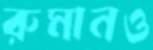
রুমানও